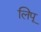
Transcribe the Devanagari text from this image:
लिपू